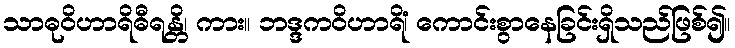
သာဓုဝိဟာရိဓီရန္တိ၊ ကား။ ဘဒ္ဒကဝိဟာရိံ၊ ကောင်းစွာနေခြင်းရှိသည်ဖြစ်၍။